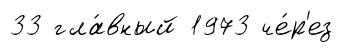
33 гла́вный 1973 че́р'ез